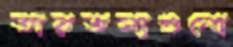
তারতম্যগুলো